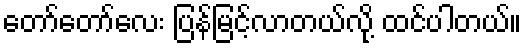
တော်တော်လေး ပြန်မြင့်လာတယ်လို့ ထင်ပါတယ်။